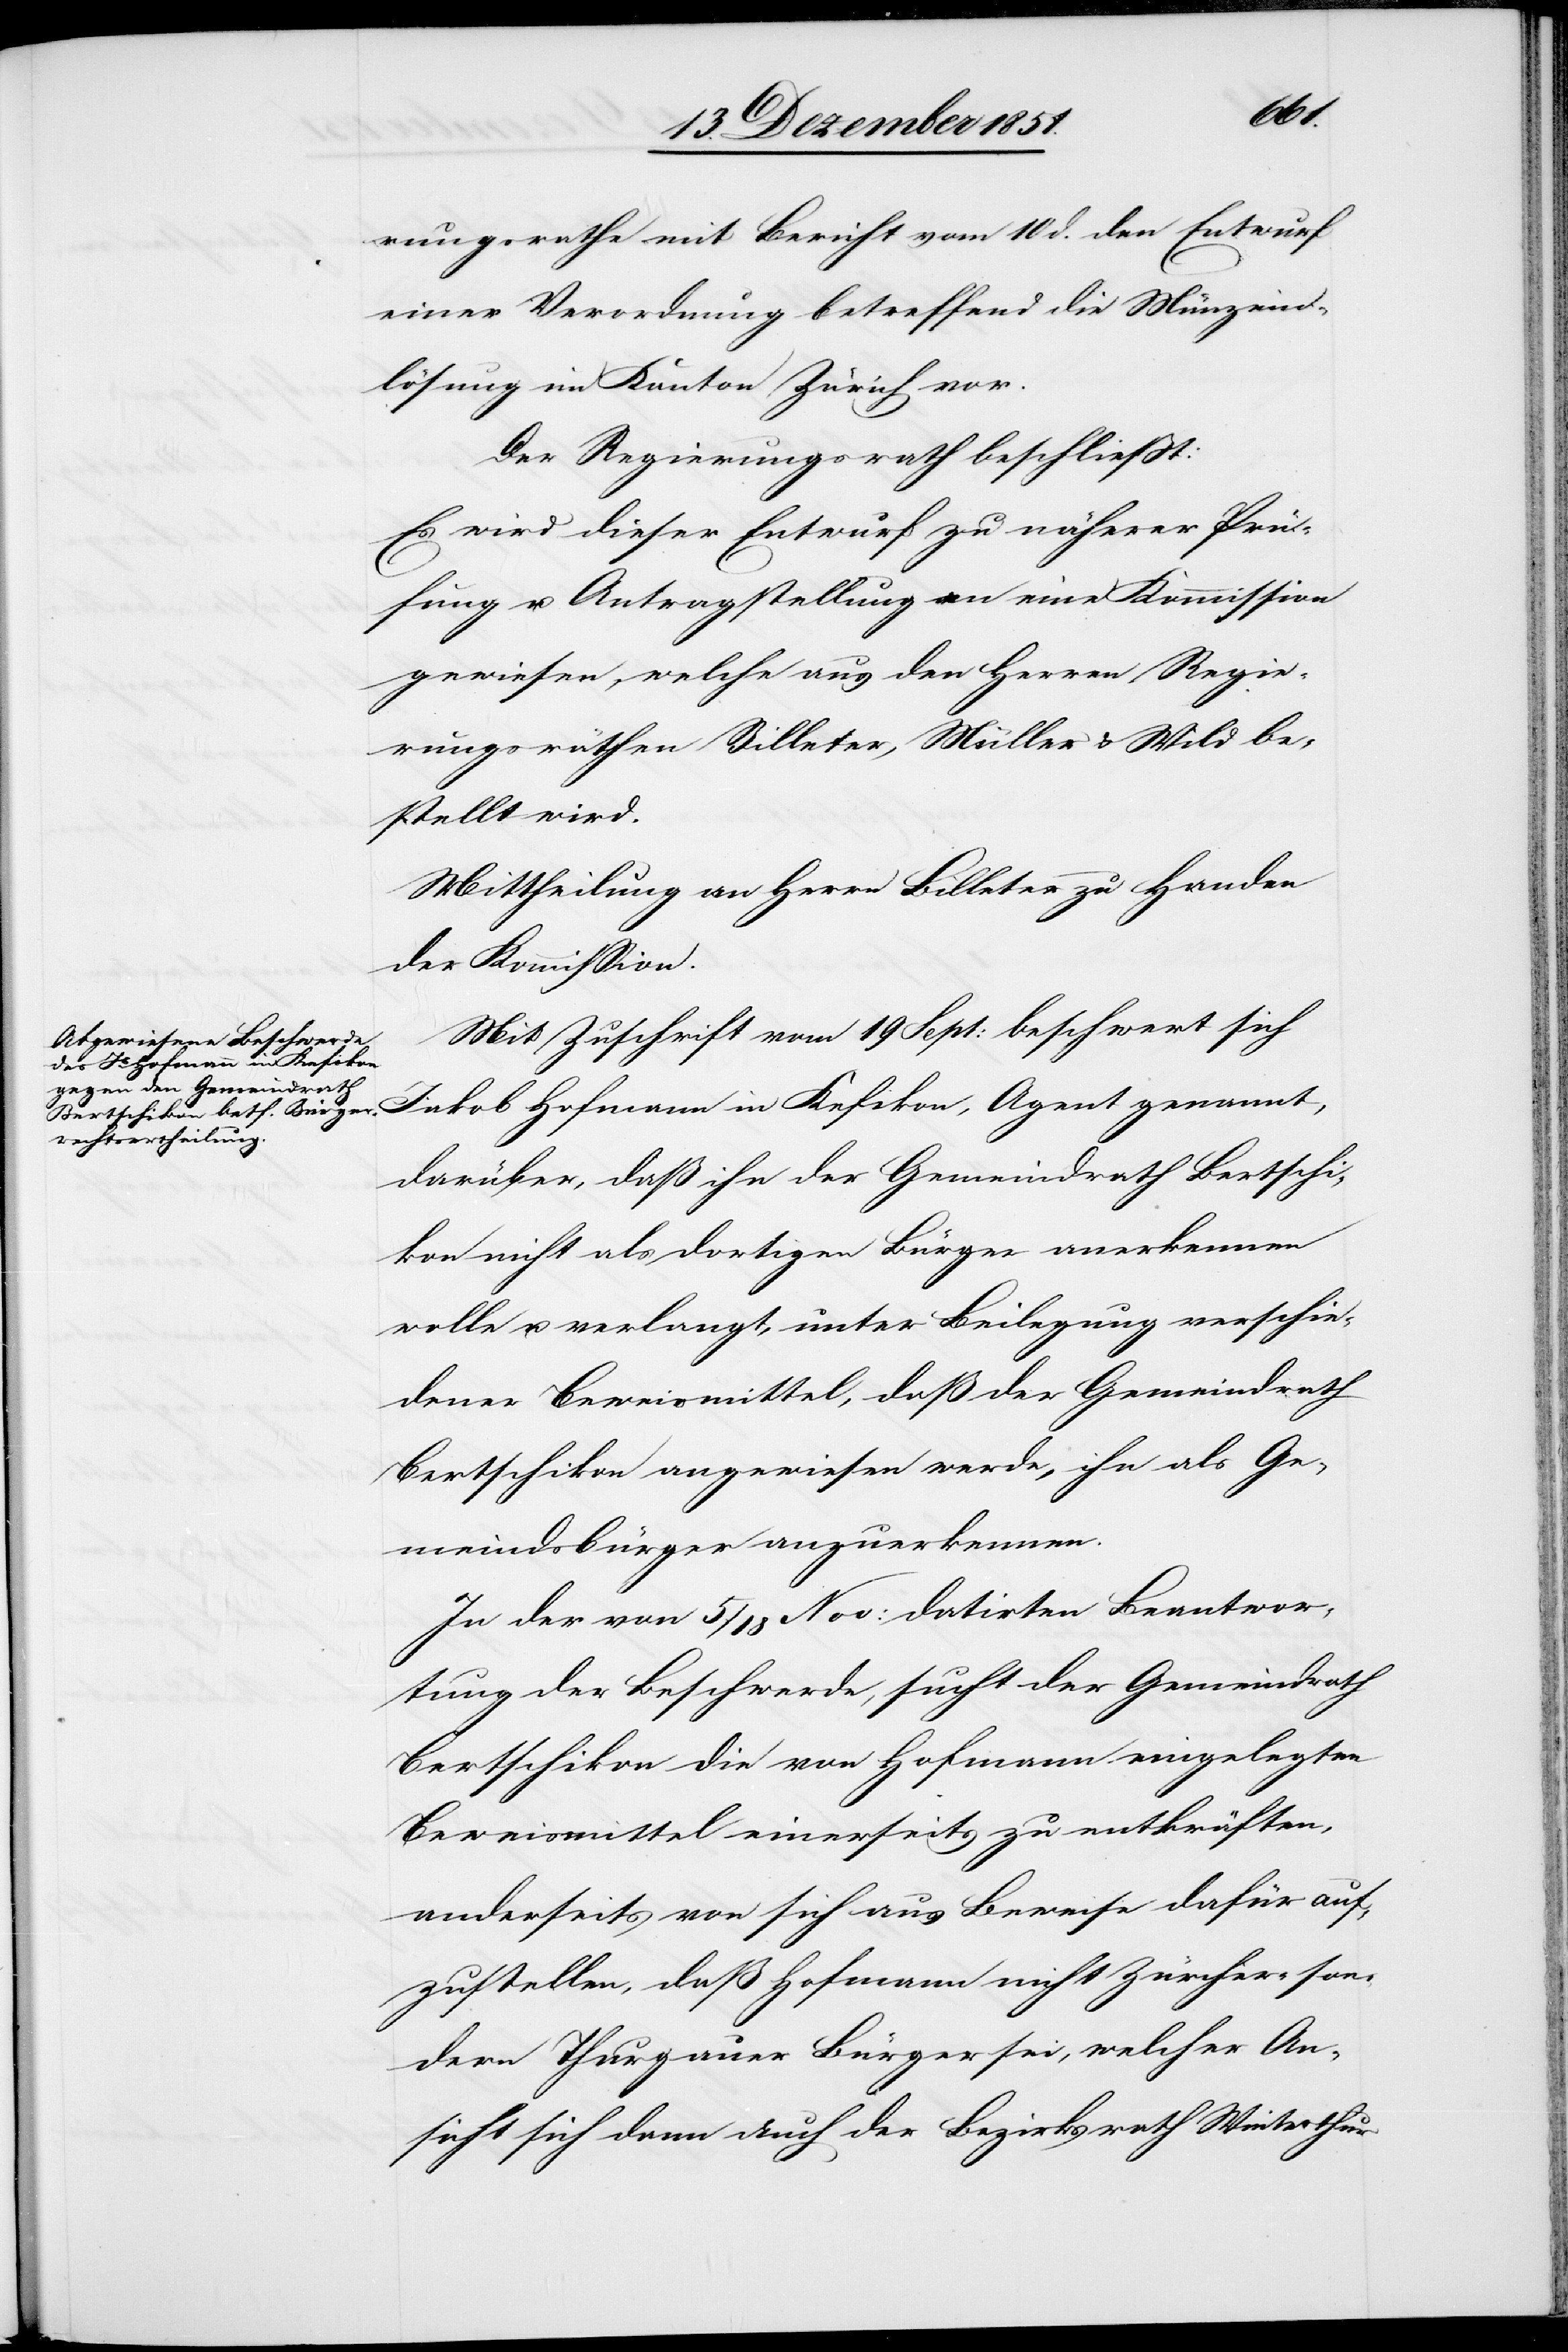
Agent
rungsrathe mit Bericht vom 10 d. den Entwurf
einer Verordnung betreffend die Münzein¬
lösung im Kanton Zürich vor.
Der Regierungsrath beschließt:
Es wird dieser Entwurf zu näherer Prü¬
fung u. Antragstellung an eine Kommission
gewiesen, welche aus den Herren Regie¬
rungsräthen Billeter, Müller & Wild be¬
stellt wird.
Mittheilung an Herrn Billeter zu Handen
der Kommission.
Mit Zuschrift vom 19 Sept: beschwert sich
darüber, daß ihn der Gemeindrath Bertschi¬
kon nicht als dortigen Bürger anerkennen
wolle u. verlangt, unter Beilegung verschie¬
dener Beweismittel, daß der Gemeindrath
Bertschikon angewiesen werde, ihn als Ge¬
meindsbürger anzuerkennen.
In der von 5 / 18 Nov: datirten Beantwor¬
tung der Beschwerde, sucht der Gemeindrath
Bertschikon die von Hofmann eingelegten
Beweismittel einerseits zu entkräften,
anderseits von sich aus Beweise dafür auf¬
zustellen, daß Hofmann nicht Zürcher- son¬
dern Thurgauer Bürger sei, welcher An¬
sicht sich dann auch der Bezirksrath Winterthur